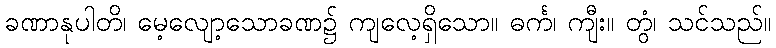
ခဏာနုပါတိ၊ မေ့လျော့သောခဏ၌ ကျလေ့ရှိသော။ ဓင်္က၊ ကျီး။ တွံ၊ သင်သည်။